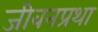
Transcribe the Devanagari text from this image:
जीवनप्रथा